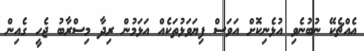
އެއްޗެކޭ ނުބުނެވި އުޅެނިކޮށް އަވަސް ފިޔަވަޅުތަކެއް އަޅަމުން ރިދާ މިސްރާބު ޖެހީ ގެއިން